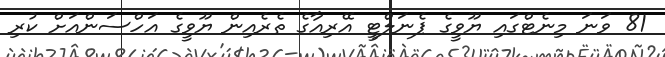
81 ވަނަ މިނެޓްގައި ޔޫވީގެ ޕެނަލްޓީ އޭރިއާގެ ތެރެއިން ޔޫވީގެ އަހްސަންއަށް ކުރި